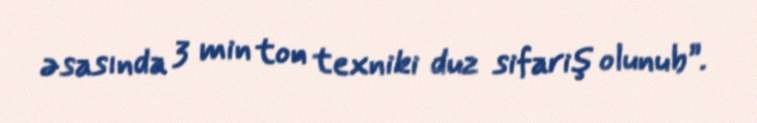
əsasında 3 min ton texniki duz sifariş olunub”.